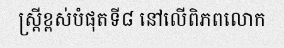
ស្ត្រីខ្ពស់បំផុតទី៨ នៅលើពិភពលោក